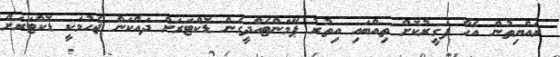
ރައްޔިތުން އެހާ ފަގީރުކޮށް ތިއްބައި އިތުރު ޕޭމަންޓެއްދީގެން ޑޮކްޓަރަށް ދައްކަން ޖެހުމަކީ ޑޮކްޓަރަށް